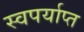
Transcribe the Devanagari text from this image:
स्वपर्याप्त